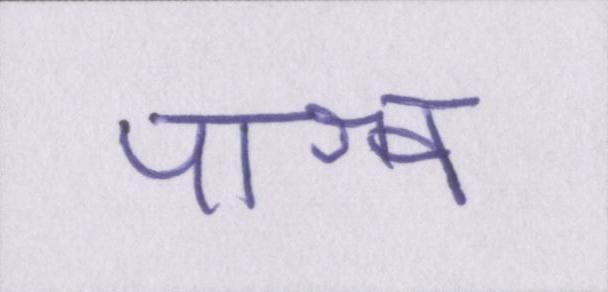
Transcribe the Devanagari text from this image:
पाश्र्व